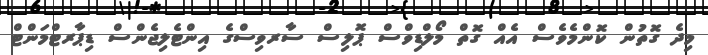
މިދެ ގޮތުން ކޮންމެވެސް އެއް ގޮތް މޯލްޑިވްސް ޕޮލިސް ސާރވިސްގެ އިންޓެލިޖެންސް ޑިޕާރޓްމަންޓް